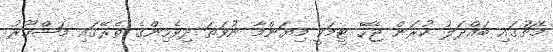
މެޗުގައި ބައްދަލު ކުރަން ޖެހޭ ޓީމަކީ މިޔަންމާ ނުވަތަ ދިވެހިންގެ ތެރޭގައި މަޝްހޫރު